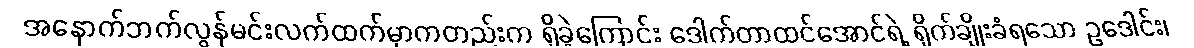
အနောက်ဘက်လွန်မင်းလက်ထက်မှာကတည်းက ရှိခဲ့ကြောင်း ဒေါက်တာထင်အောင်ရဲ့ ရိုက်ချိုးခံရသော ဥဒေါင်း၊